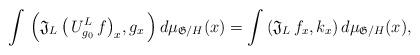
LaTeX: \begin{align*}\int \, \Big( \mathfrak{J}_L \, \big( \, U^{L}_{g_0} \, f \big)_x , g_x \, \Big) \, d\mu_{\mathfrak{G}/H}(x)= \int \, (\mathfrak{J}_L \, f_x , k_x ) \, d\mu_{\mathfrak{G}/H}(x),\end{align*}